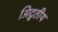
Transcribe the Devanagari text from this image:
अिद्वतीय